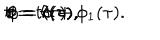
LaTeX: t = t ( \tau ) , \hspace { 0 . 3 c m } r = r ( \tau ) , \hspace { 0 . 3 c m } \theta = \theta ( \tau ) , \hspace { 0 . 3 c m } \phi = \sigma + \phi _ { 1 } ( \tau ) .